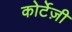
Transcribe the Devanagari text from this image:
कोर्टेज़ी